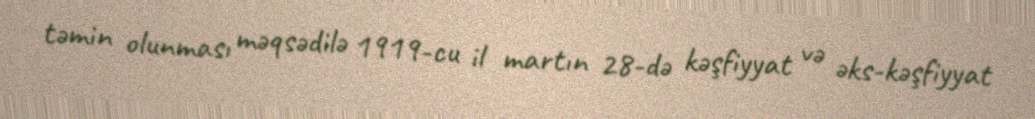
təmin olunması məqsədilə 1919-cu il martın 28-də kəşfiyyat və əks-kəşfiyyat